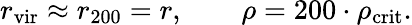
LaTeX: r_{\mathrm{vir}}\approx r_{200}=r,\qquad\rho=200\cdot\rho_{\mathrm{crit}}.